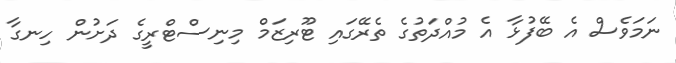
ނަމަވެސް އެ ބޭފުޅާ އެ މުއްދަތުގެ ތެރޭގައި ޓޫރިޒަމް މިނިސްޓްރީގެ ދަށުން ހިނގާ